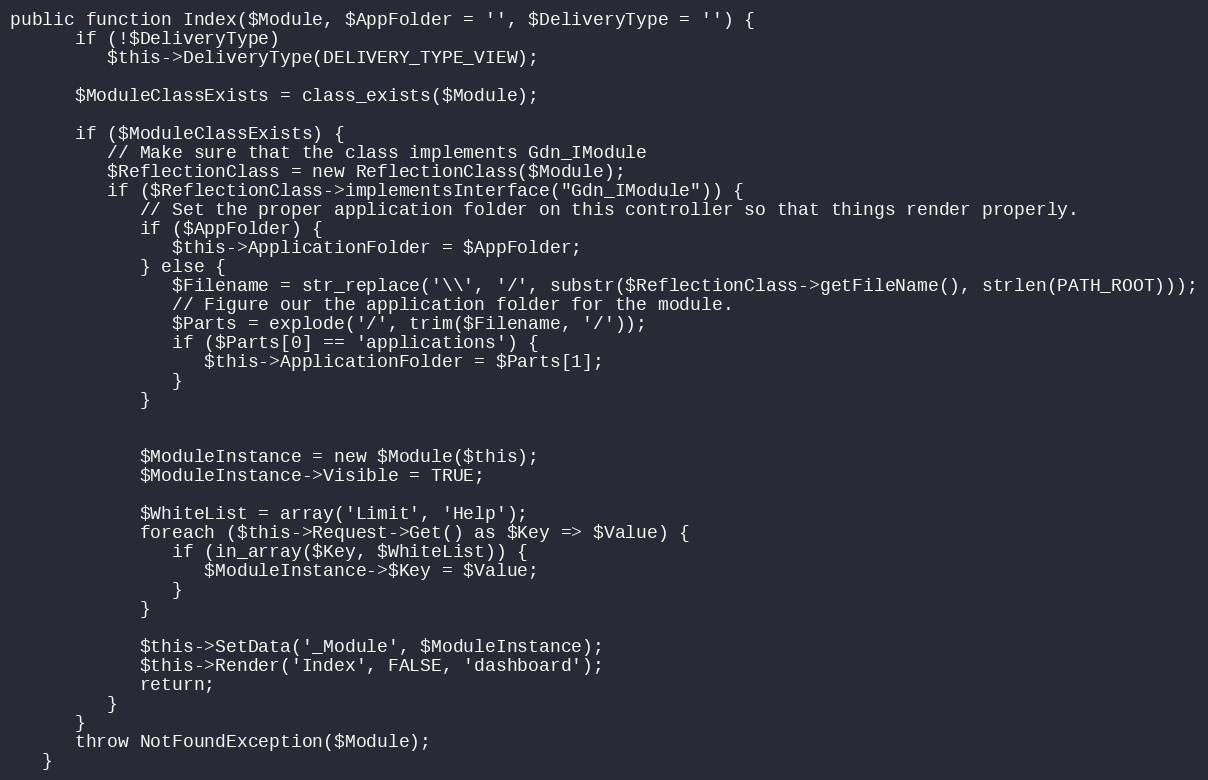
Language: PHP
public function Index($Module, $AppFolder = '', $DeliveryType = '') {
      if (!$DeliveryType)
         $this->DeliveryType(DELIVERY_TYPE_VIEW);

      $ModuleClassExists = class_exists($Module);

      if ($ModuleClassExists) {
         // Make sure that the class implements Gdn_IModule
         $ReflectionClass = new ReflectionClass($Module);
         if ($ReflectionClass->implementsInterface("Gdn_IModule")) {
            // Set the proper application folder on this controller so that things render properly.
            if ($AppFolder) {
               $this->ApplicationFolder = $AppFolder;
            } else {
               $Filename = str_replace('\\', '/', substr($ReflectionClass->getFileName(), strlen(PATH_ROOT)));
               // Figure our the application folder for the module.
               $Parts = explode('/', trim($Filename, '/'));
               if ($Parts[0] == 'applications') {
                  $this->ApplicationFolder = $Parts[1];
               }
            }

            $ModuleInstance = new $Module($this);
            $ModuleInstance->Visible = TRUE;

            $WhiteList = array('Limit', 'Help');
            foreach ($this->Request->Get() as $Key => $Value) {
               if (in_array($Key, $WhiteList)) {
                  $ModuleInstance->$Key = $Value;
               }
            }

            $this->SetData('_Module', $ModuleInstance);
            $this->Render('Index', FALSE, 'dashboard');
            return;
         }
      }
      throw NotFoundException($Module);
   }